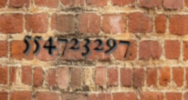
554723297